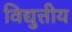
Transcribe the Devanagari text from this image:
विद्युत्तीय